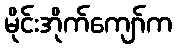
မိုင်းအိုက်ကျော်က